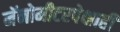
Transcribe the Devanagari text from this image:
नॅनोमीटरपेक्षाही